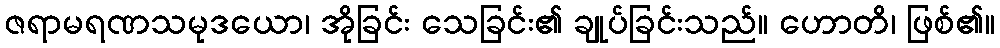
ဇရာမရဏသမုဒယော၊ အိုခြင်း သေခြင်း၏ ချုပ်ခြင်းသည်။ ဟောတိ၊ ဖြစ်၏။